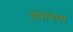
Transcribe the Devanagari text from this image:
दोमेनेत्स